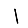
Digit: 1